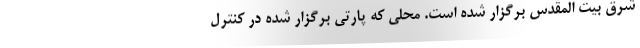
شرق بیت المقدس برگزار شده است. محلی که پارتی برگزار شده در کنترل